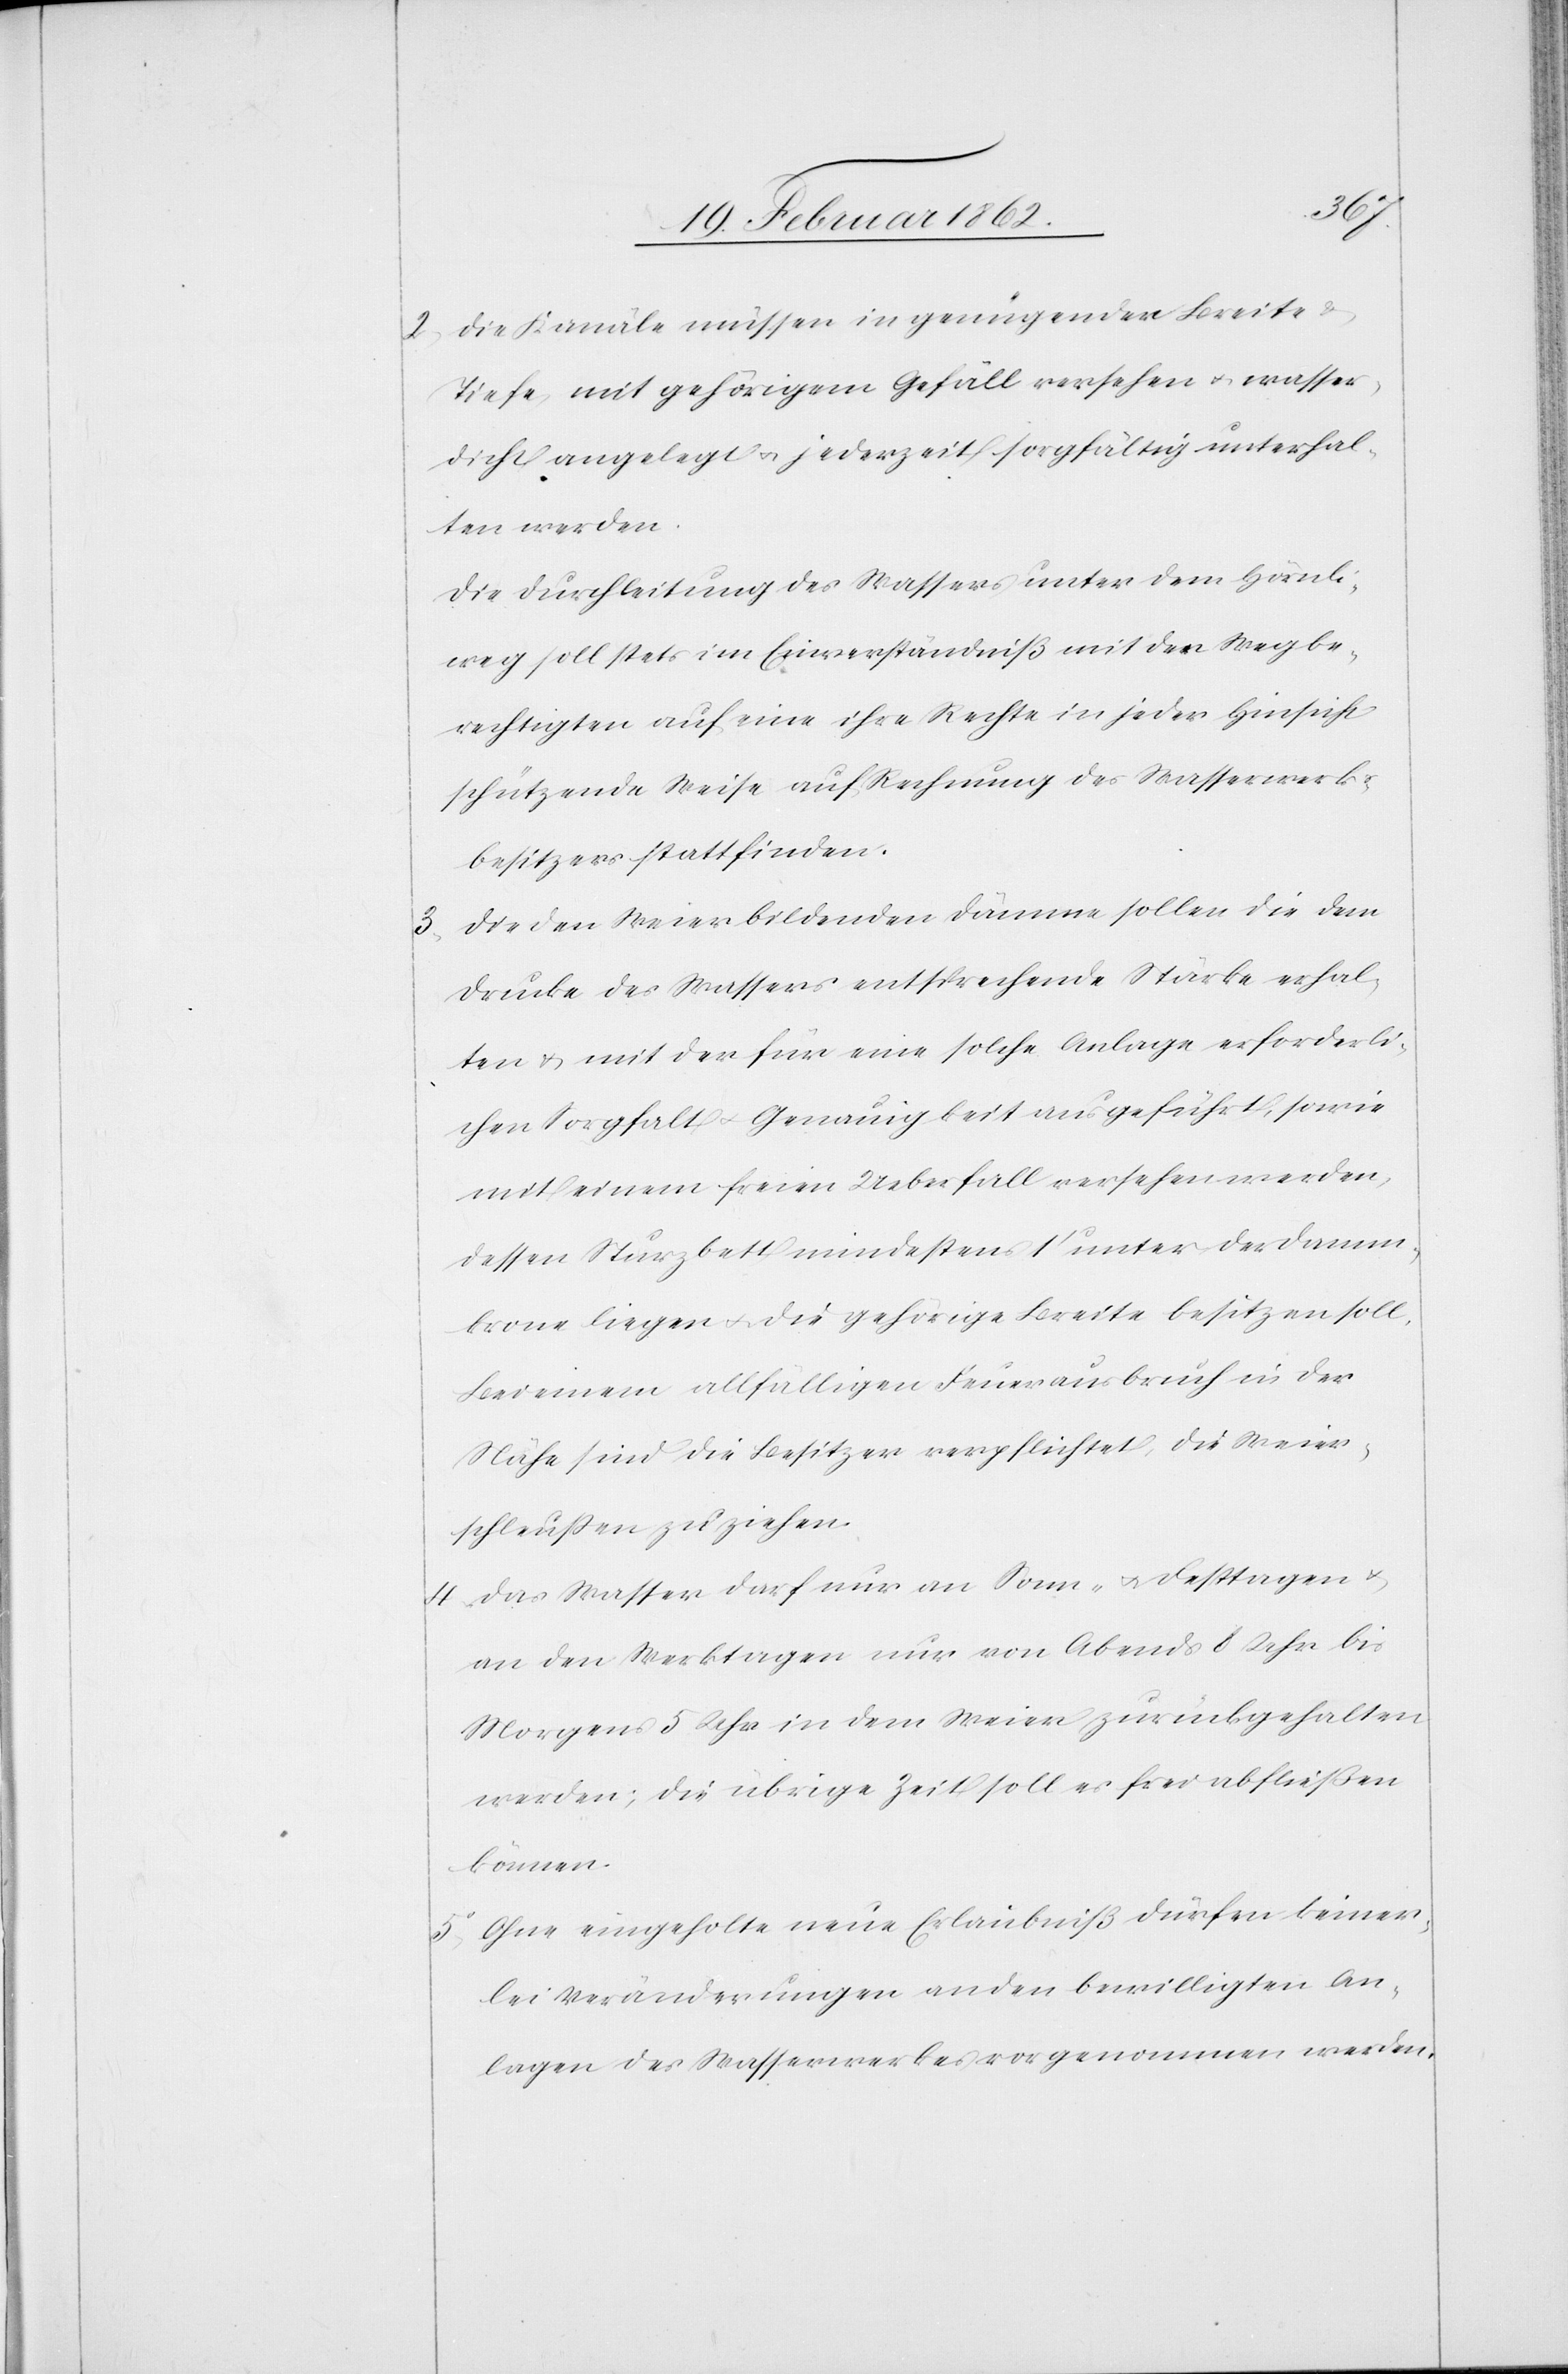
3)
2) Die Kanäle müssen in genügender Breite &
Tiefe mit gehörigem Gefäll versehen u. wasser¬
dicht angelegt u. jederzeit sorgfältig unterhal¬
ten werden.
Die Durchleitung des Wassers unter dem Hörnli¬
weg soll stets im Einverständniß mit den Wegbe¬
rechtigten auf eine ihre Rechte in jeder Hinsicht
schützende Weise auf Rechnung des Wasserwerk¬
besitzers stattfinden.
Die den Weier bildenden Dämme sollen die dem
Drucke des Wassers entsprechende Stärke erhal¬
ten & mit der für eine solche Anlage erforderli¬
chen Sorgfalt u. Genauigkeit ausgeführt, sowie
mit einem freien Ueberfall versehen werden,
dessen Sturzbett mindestens 1’ unter der Damm¬
krone liegen u. die gehörige Breite besitzen soll.
Bei einem allfälligen Feuerausbruch in der
Nähe sind die Besitzer verpflichtet, die Weier¬
schleußen zu ziehen.
4) Das Wasser darf nur an Sonn- und Festtagen u.
an den Werktagen nur von Abends 8 Uhr bis
Morgens 5 Uhr in dem Weier zurückgehalten
werden; die übrige Zeit soll es frei abfließen
können.
5) Ohne eingeholte neue Erlaubniß dürfen keiner¬
lei Veränderungen an den bewilligten An¬
lagen des Wasserwerkes vorgenommen werden.